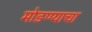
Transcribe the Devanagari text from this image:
मोडण्याचा